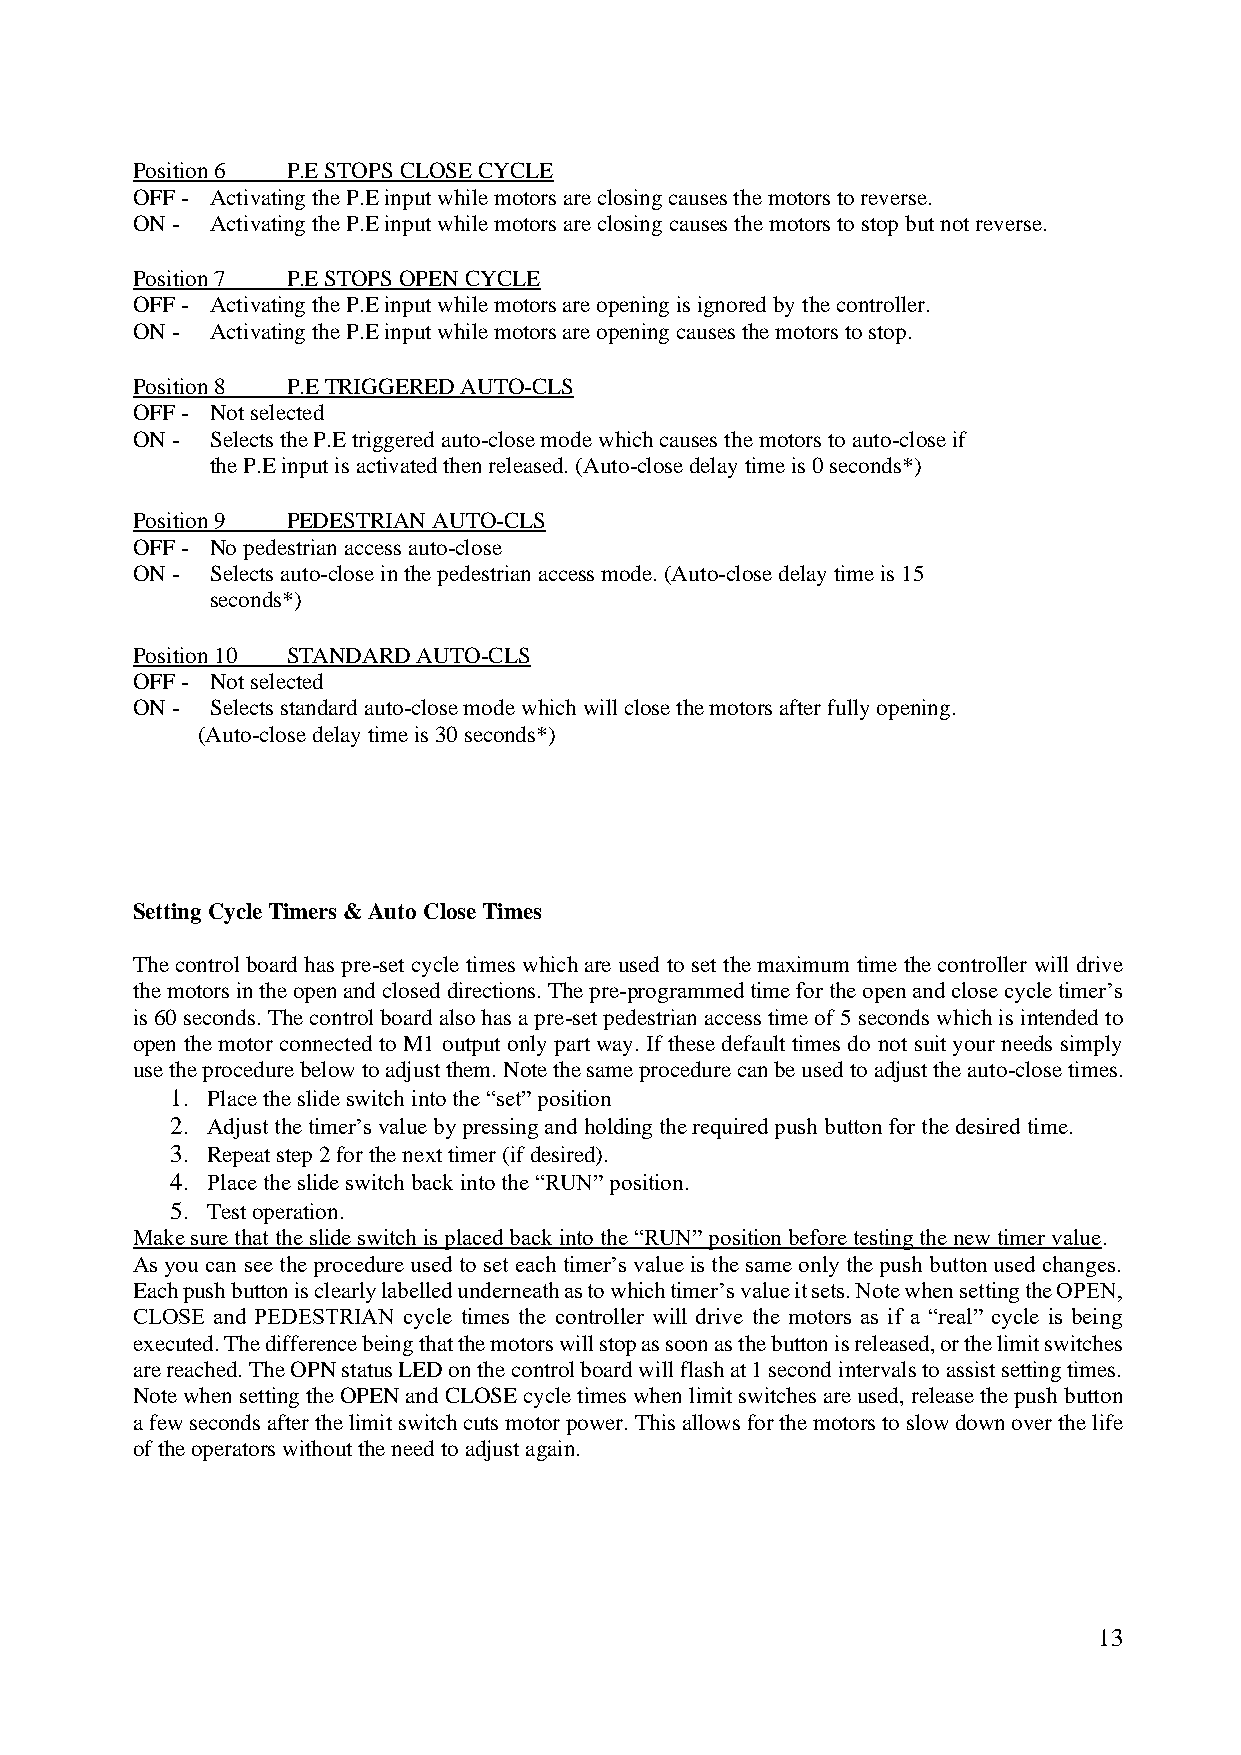
Position 6 P.E STOPS CLOSE CYCLE
 OFF - Activating the P.E input while motors are closing causes the motors to reverse.
 ON - Activating the P.E input while motors are closing causes the motors to stop but not reverse.
 Position 7 P.E STOPS OPEN CYCLE
 OFF - Activating the P.E input while motors are opening is ignored by the controller.
 ON - Activating the P.E input while motors are opening causes the motors to stop.
 Position 8 P.E TRIGGERED AUTO-CLS
 OFF - Not selected
 ON - Selects the P.E triggered auto-close mode which causes the motors to auto-close if
 the P.E input is activated then released. (Auto-close delay time is 0 seconds*)
 Position 9 PEDESTRIAN AUTO-CLS
 OFF - No pedestrian access auto-close
 ON - Selects auto-close in the pedestrian access mode. (Auto-close delay time is 15
 seconds*)
 Position 10 STANDARD AUTO-CLS
 OFF - Not selected
 ON - Selects standard auto-close mode which will close the motors after fully opening.
 (Auto-close delay time is 30 seconds*)
 Setting Cycle Timers & Auto Close Times
 The control board has pre-set cycle times which are used to set the maximum time the controller will drive
 the motors in the open and closed directions. The pre-programmed time for the open and close cycle timer’s
 is 60 seconds. The control board also has a pre-set pedestrian access time of 5 seconds which is intended to
 open the motor connected to M1 output only part way. If these default times do not suit your needs simply
 use the procedure below to adjust them. Note the same procedure can be used to adjust the auto-close times.
 1. Place the slide switch into the “set” position
 2. Adjust the timer’s value by pressing and holding the required push button for the desired time.
 3. Repeat step 2 for the next timer (if desired).
 4. Place the slide switch back into the “RUN” position.
 5. Test operation.
 Make sure that the slide switch is placed back into the “RUN” position before testing the new timer value.
 As you can see the procedure used to set each timer’s value is the same only the push button used changes.
 Each push button is clearly labelled underneath as to which timer’s value it sets. Note when setting the OPEN,
 CLOSE and PEDESTRIAN cycle times the controller will drive the motors as if a “real” cycle is being
 executed. The difference being that the motors will stop as soon as the button is released, or the limit switches
 are reached. The OPN status LED on the control board will flash at 1 second intervals to assist setting times.
 Note when setting the OPEN and CLOSE cycle times when limit switches are used, release the push button
 a few seconds after the limit switch cuts motor power. This allows for the motors to slow down over the life
 of the operators without the need to adjust again.
 13